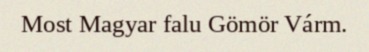
Most Magyar falu Gömör Várm.